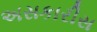
અસકારીસ